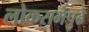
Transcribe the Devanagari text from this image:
लोकसभेपुढे